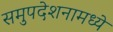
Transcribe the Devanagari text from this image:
समुपदेशनामध्ये